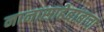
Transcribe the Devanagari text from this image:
नानासाहेबांबाचा